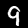
Label: 9